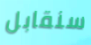
سنقابل